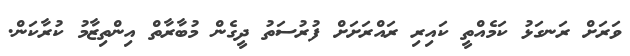
ވަރަށް ރަނގަޅު ކަމެއްތީ ކައިރި ރައްރަށަށް ފުރުސަތު ދީގެން މުބާރާތް އިންތިޒާމު ކުރާކަން.